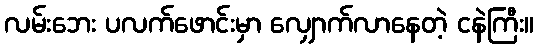
လမ်းဘေး ပလက်ဖောင်းမှာ လျှောက်လာနေတဲ့ ငနဲကြီး။